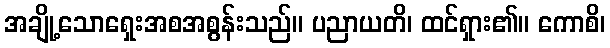
အချို့သောရှေးအစအစွန်းသည်။ ပညာယတိ၊ ထင်ရှား၏။ ကောစိ၊